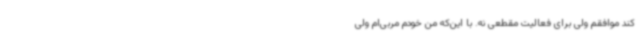
کند موافقم ولی برای فعالیت مقطعی نه. با این‌که من خودم مربی‌ام ولی